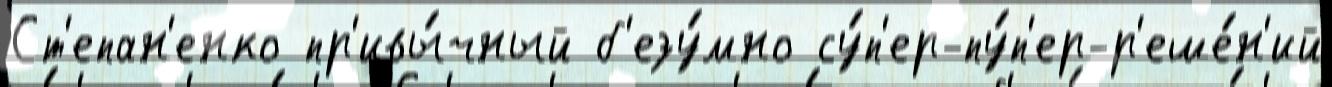
Ст'епан'енко пр'ивы́чный б'езу́мно су́п'ер-пу́п'ер-р'еше́н'ий